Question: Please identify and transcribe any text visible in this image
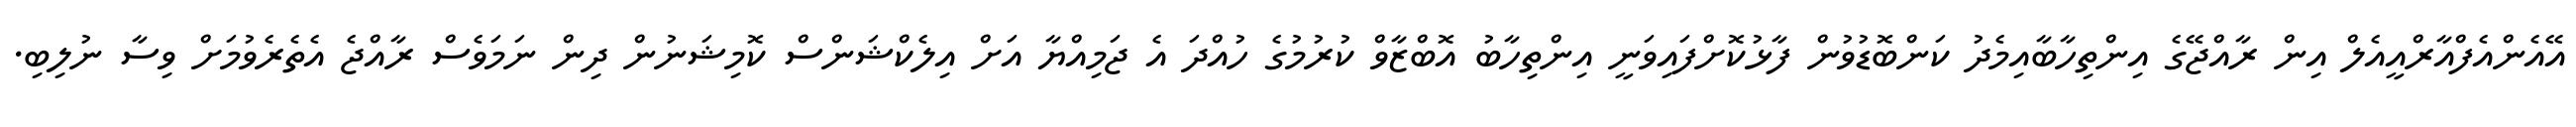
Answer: އޭއެންއެފްއާރްއީއެލް އިން ރާއްޖޭގެ އިންތިހާބާއިމެދު ކަންބޮޑުވުން ފާޅުކޮށްފައިވަނީ އިންތިހާބު އޮބްޒާވް ކުރުމުގެ ހުއްދަ އެ ޖަމިއްޔާ އަށް އިލެކްޝަންސް ކޮމިޝަނުން ދިން ނަމަވެސް ރާއްޖެ އެތެރެވުމަށް ވިސާ ނުލިބި.